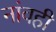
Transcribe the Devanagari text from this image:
नांवही